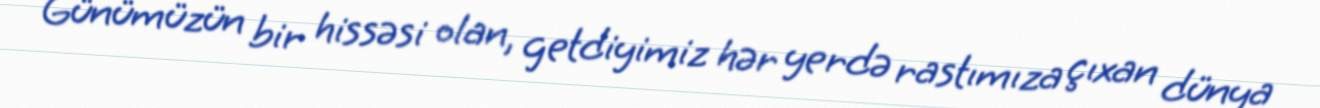
Günümüzün bir hissəsi olan, getdiyimiz hər yerdə rastımıza çıxan dünya